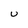
Character: U